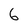
Character: 6